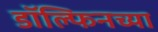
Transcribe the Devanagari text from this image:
डॉल्फिनच्या